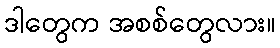
ဒါတွေက အစစ်တွေလား။